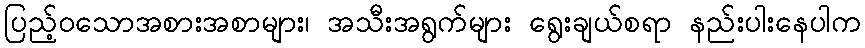
ပြည့်ဝသောအစားအစာများ၊ အသီးအရွက်များ ရွေးချယ်စရာ နည်းပါးနေပါက